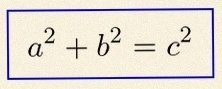
a^2+b^2=c^2